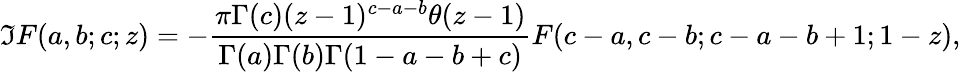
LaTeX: \Im F(a,b;c;z)=-\frac{\pi\Gamma(c)(z-1)^{c-a-b}\theta(z-1)}{\Gamma(a)\Gamma(b)\Gamma(1-a-b+c)}F(c-a,c-b;c-a-b+1;1-z),